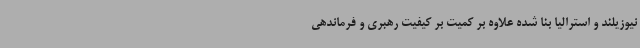
نیوزیلند و استرالیا بنا شده علاوه بر کمیت بر کیفیت رهبری و فرماندهی